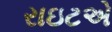
રાઇટએ